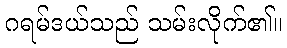
ဂရမ်ဒယ်သည် သမ်းလိုက်၏။